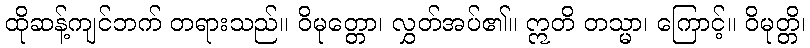
ထိုဆန့်ကျင်ဘက် တရားသည်။ ဝိမုတ္တော၊ လွှတ်အပ်၏။ ဣတိ တသ္မာ၊ ကြောင့်။ ဝိမုတ္တိ၊